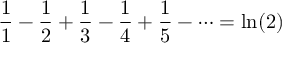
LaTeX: { \frac { 1 } { 1 } } - { \frac { 1 } { 2 } } + { \frac { 1 } { 3 } } - { \frac { 1 } { 4 } } + { \frac { 1 } { 5 } } - \cdots = \ln ( 2 )